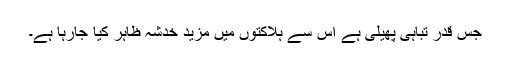
جس قدر تباہی پھیلی ہے اس سے ہلاکتوں میں مزید خدشہ ظاہر کیا جارہا ہے۔